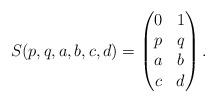
LaTeX: \begin{align*}S(p, q, a, b, c, d)=\begin{pmatrix}0&1\\p&q\\a&b\\c&d\end{pmatrix}.\end{align*}